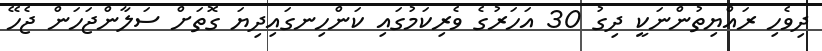
ދިވެހި ރައްޔިތުންނަކީ ދިގު 30 އަހަރުގެ ވެރިކަމުގައި ކަންހިނގައިދިޔަ ގޮތަށް ސަލާންޖަހަން ޖެހޭ